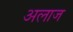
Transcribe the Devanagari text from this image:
अलाज